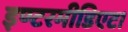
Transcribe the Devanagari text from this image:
इण्टरमीडिएट।